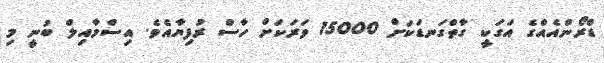
ޑްރޯންއެއްގެ އަގަކީ ގާތްގަނޑަކަށް 15000 ވަރަަކަށް ހާސް ރުފިޔާއެވެ. އިސްމާއިލް ބުނީ މި